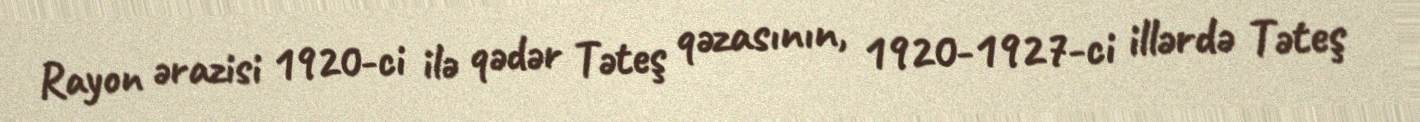
Rayon ərazisi 1920-ci ilə qədər Təteş qəzasının, 1920-1927-ci illərdə Təteş